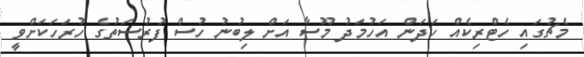
މެޗުގައި ހެޓްރިކެއް ހަދަން އަހުމަދު މޫސާ އަށް ލިބުނު ހުސް ފުރުސަތުގެ ހުރަހަކަށްވީ